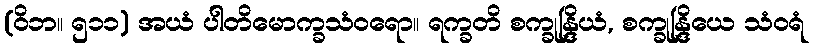
(ဝိဘ။ ၅၁၁) အယံ ပါတိမောက္ခသံဝရော။ ရက္ခတိ စက္ခုန္ဒြိယံ, စက္ခုန္ဒြိယေ သံဝရံ